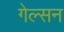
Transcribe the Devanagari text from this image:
गेल्सन